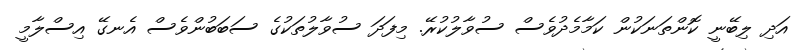
އަދި ލިބޭނީ ކޮންތަނަކުން ކަމާމެދުވެސް ސުވާލުކުރޭ. މިފަދަ ސުވާލުތަކުގެ ސަބަބުންވެސް އެނގޭ އިސްލާމީ